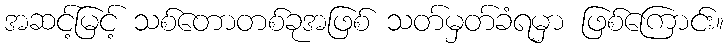
အဆင့်မြင့် သစ်တောတစ်ခုအဖြစ် သတ်မှတ်ခံရမှာ ဖြစ်ကြောင်း။